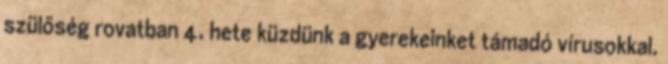
szülőség rovatban 4. hete küzdünk a gyerekeinket támadó vírusokkal.